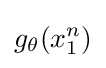
g_{\theta }(x_{1}^{n})